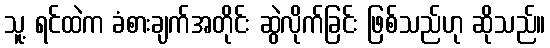
သူ့ ရင်ထဲက ခံစားချက်အတိုင်း ဆွဲလိုက်ခြင်း ဖြစ်သည်ဟု ဆိုသည်။